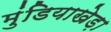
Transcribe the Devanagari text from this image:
मुंडियाखेड़ा